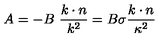
A = - B \ \frac { k \cdot n } { k ^ { 2 } } = B \sigma \frac { k \cdot n } { \kappa ^ { 2 } }